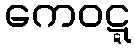
ကေဝဋ္ဋ